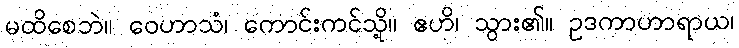
မထိစေဘဲ။ ဝေဟာသံ၊ ကောင်းကင်သို့။ ဧဟိ၊ သွား၏။ ဥဒကာဟာရာယ၊